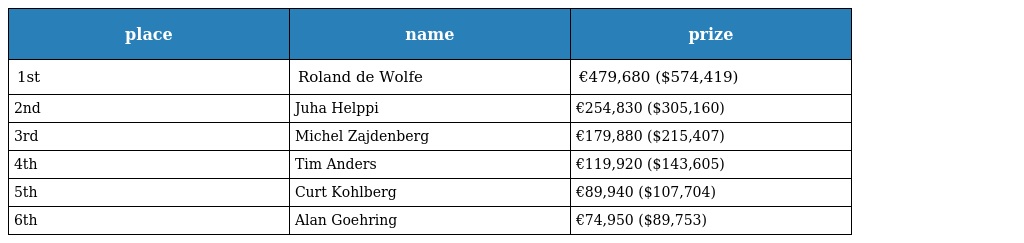
| place | name | prize |
 | --- | --- | --- |
 | 1st | Roland de Wolfe | €479,680 ($574,419) |
 | 2nd | Juha Helppi | €254,830 ($305,160) |
 | 3rd | Michel Zajdenberg | €179,880 ($215,407) |
 | 4th | Tim Anders | €119,920 ($143,605) |
 | 5th | Curt Kohlberg | €89,940 ($107,704) |
 | 6th | Alan Goehring | €74,950 ($89,753) |